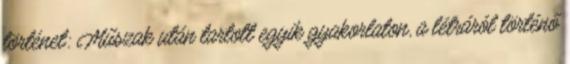
történet: Műszak után tartott egyik gyakorlaton, a létráról történő